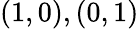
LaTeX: (1,0),(0,1)